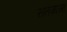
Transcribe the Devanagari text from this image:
सतमासा